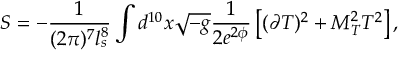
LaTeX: S = - \frac { 1 } { ( 2 \pi ) ^ { 7 } l _ { s } ^ { 8 } } \int d ^ { 1 0 } x \sqrt { - g } \frac { 1 } { 2 e ^ { 2 \phi } } \left[ ( \partial T ) ^ { 2 } + M _ { T } ^ { 2 } T ^ { 2 } \right] ,